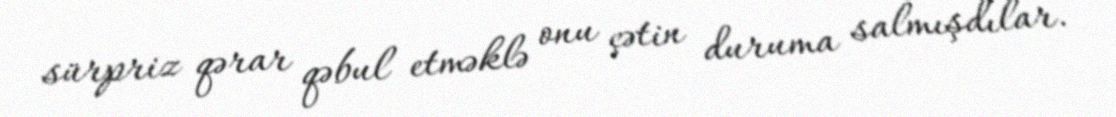
sürpriz qərar qəbul etməklə onu çətin duruma salmışdılar.